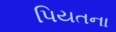
પિયતના